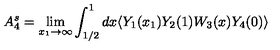
A _ { 4 } ^ { s } = \lim _ { x _ { 1 } \to \infty } \int _ { 1 / 2 } ^ { 1 } d x \langle Y _ { 1 } ( x _ { 1 } ) Y _ { 2 } ( 1 ) W _ { 3 } ( x ) Y _ { 4 } ( 0 ) \rangle